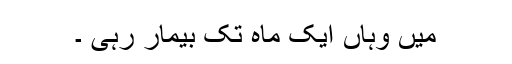
مَیں وہاں ایک ماہ تک بیمار رہی ۔